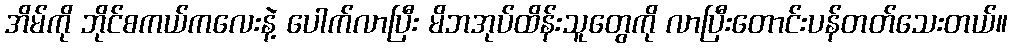
အိမ်ကို ဘိုင်စကယ်ကလေးနဲ့ ပေါက်လာပြီး မိဘအုပ်ထိန်းသူတွေကို လာပြီးတောင်းပန်တတ်သေးတယ်။